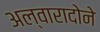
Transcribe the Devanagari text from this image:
अल्वारादोने